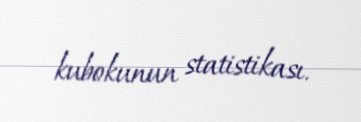
kubokunun statistikası.